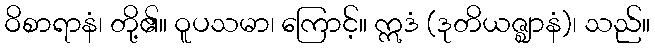
ဝိစာရာနံ၊ တို့၏။ ဝူပသမာ၊ ကြောင့်။ ဣဒံ (ဒုတိယဇ္ဈာနံ)၊ သည်။